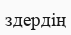
здердің